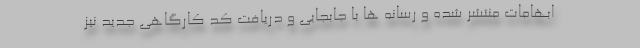
ابهامات منتشر شده و رسانه ها با جابجایی و دریافت کد کارگاهی جدید نیز